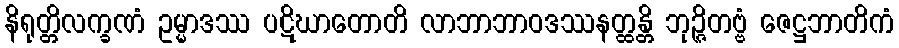
နိရုတ္တိလက္ခဏံ ဥမ္မာဒဿ ပဋိဃာတောတိ လာဘာဘာဝဒဿနတ္ထန္တိ ဘုဉ္ဇိတဗ္ဗံ ဇေဋ္ဌဘာတိကံ